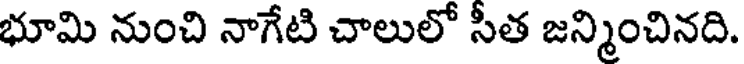
భూమి నుంచి నాగేటి చాలులో సీత జన్మించినది.